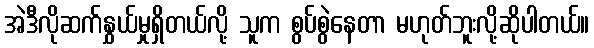
အဲဒီလိုဆက်နွှယ်မှုရှိတယ်လို့ သူက စွပ်စွဲနေတာ မဟုတ်ဘူးလို့ဆိုပါတယ်။